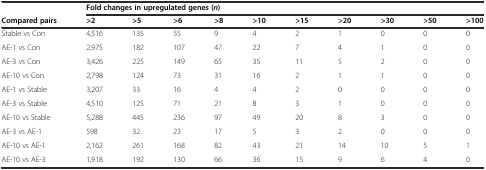
<table><thead><tr><td>[EMPTY_CELL]</td><td colspan="10"><b>Fold changes in upregulated genes (<i>n</i>)</b></td></tr><tr><td><b>Compared pairs</b></td><td><b>&gt;2</b></td><td><b>&gt;5</b></td><td><b>&gt;6</b></td><td><b>&gt;8</b></td><td><b>&gt;10</b></td><td><b>&gt;15</b></td><td><b>&gt;20</b></td><td><b>&gt;30</b></td><td><b>&gt;50</b></td><td><b>&gt;100</b></td></tr></thead><tbody><tr><td>Stable vs Con</td><td>4,516</td><td>135</td><td>55</td><td>9</td><td>4</td><td>2</td><td>1</td><td>0</td><td>0</td><td>0</td></tr><tr><td>AE-1 vs Con</td><td>2,975</td><td>182</td><td>107</td><td>47</td><td>22</td><td>7</td><td>4</td><td>1</td><td>0</td><td>0</td></tr><tr><td>AE-3 vs Con</td><td>3,426</td><td>225</td><td>149</td><td>65</td><td>35</td><td>11</td><td>5</td><td>2</td><td>0</td><td>0</td></tr><tr><td>AE-10 vs Con</td><td>2,798</td><td>124</td><td>73</td><td>31</td><td>16</td><td>2</td><td>1</td><td>1</td><td>0</td><td>0</td></tr><tr><td>AE-1 vs Stable</td><td>3,207</td><td>33</td><td>16</td><td>4</td><td>4</td><td>2</td><td>0</td><td>0</td><td>0</td><td>0</td></tr><tr><td>AE-3 vs Stable</td><td>4,510</td><td>125</td><td>71</td><td>21</td><td>8</td><td>3</td><td>1</td><td>0</td><td>0</td><td>0</td></tr><tr><td>AE-10 vs Stable</td><td>5,288</td><td>445</td><td>236</td><td>97</td><td>49</td><td>20</td><td>8</td><td>3</td><td>0</td><td>0</td></tr><tr><td>AE-3 vs AE-1</td><td>598</td><td>32</td><td>23</td><td>17</td><td>5</td><td>3</td><td>2</td><td>0</td><td>0</td><td>0</td></tr><tr><td>AE-10 vs AE-1</td><td>2,162</td><td>261</td><td>168</td><td>82</td><td>43</td><td>21</td><td>14</td><td>10</td><td>5</td><td>1</td></tr><tr><td>AE-10 vs AE-3</td><td>1,918</td><td>192</td><td>130</td><td>66</td><td>36</td><td>15</td><td>9</td><td>6</td><td>4</td><td>0</td></tr></tbody></table>